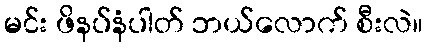
မင်း ဖိနပ်နံပါတ် ဘယ်လောက် စီးလဲ။